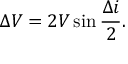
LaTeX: \Delta V = 2 V \sin { \frac { \Delta i } { 2 } } .